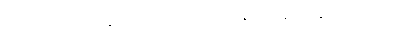
တိုင်းရင်းသားလက်နက်ကိုင်အဖွဲ့အစည်းများနှင့်ငြိမ်းချမ်းရေးရယူခဲ့သည်။